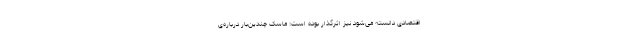
اقتصادی دانسته می‌شود نیز اثرگذار بوده است: ماسک چندین‌بار درباره‌ی